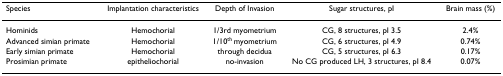
<table><thead><tr><td><b>Species</b></td><td><b>Implantation characteristics</b></td><td><b>Depth of Invasion</b></td><td><b>Sugar structures, pI</b></td><td><b>Brain mass (%)</b></td></tr></thead><tbody><tr><td>Hominids</td><td>Hemochorial</td><td>1/3rd myometrium</td><td>CG, 8 structures, pI 3.5</td><td>2.4%</td></tr><tr><td>Advanced simian primate</td><td>Hemochorial</td><td>1/10<sup>th </sup>myometrium</td><td>CG, 6 structures, pI 4.9</td><td>0.74%</td></tr><tr><td>Early simian primate</td><td>Hemochorial</td><td>through decidua</td><td>CG, 5 structures, pI 6.3</td><td>0.17%</td></tr><tr><td>Prosimian primate</td><td>epitheliochorial</td><td>no-invasion</td><td>No CG produced LH, 3 structures, pI 8.4</td><td>0.07%</td></tr></tbody></table>